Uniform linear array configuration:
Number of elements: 48
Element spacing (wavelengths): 0.25
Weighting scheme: cosine
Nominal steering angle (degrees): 45
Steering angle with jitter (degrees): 43.181
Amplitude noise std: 0.05
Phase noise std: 0.05

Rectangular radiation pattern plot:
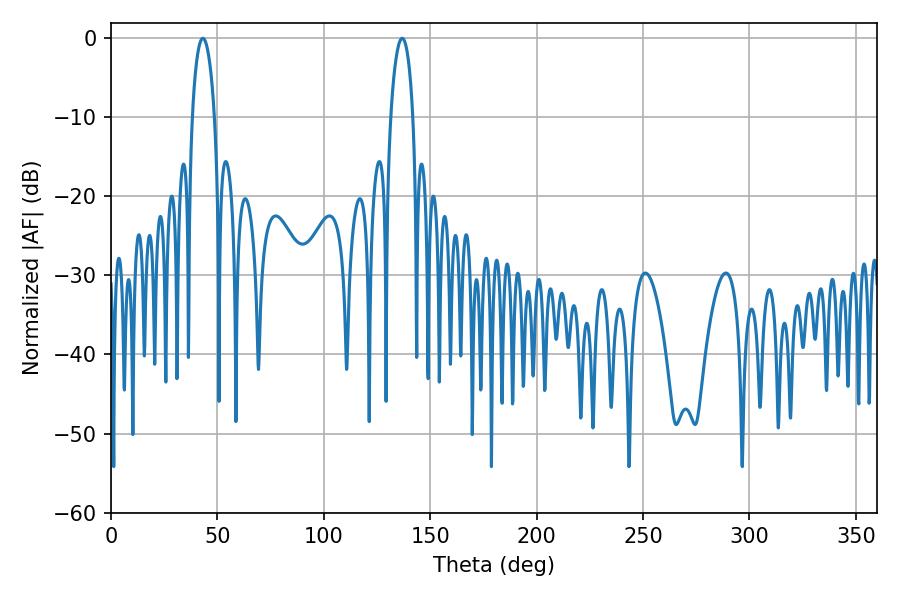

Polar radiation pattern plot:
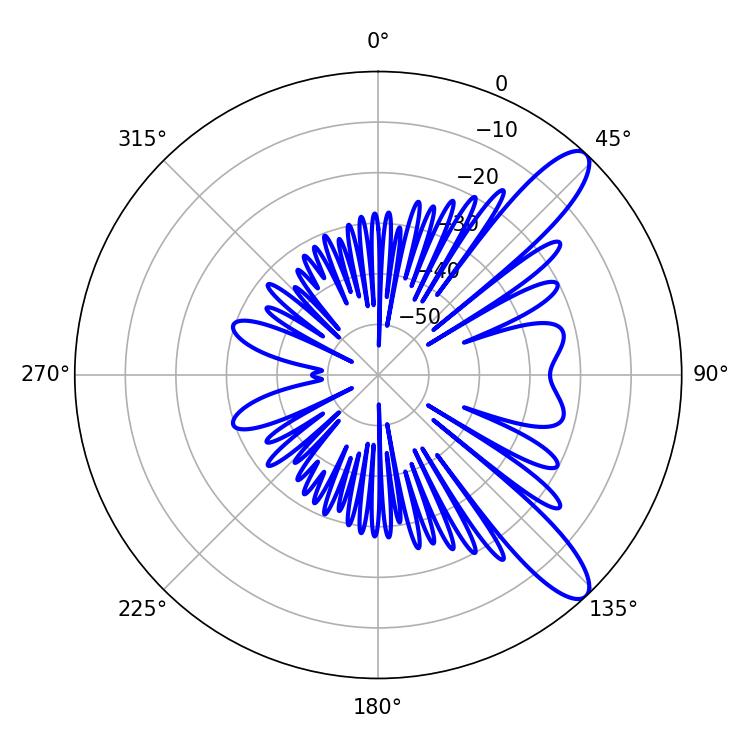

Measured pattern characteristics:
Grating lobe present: FALSE
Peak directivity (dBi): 11.003
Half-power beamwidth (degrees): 5.94
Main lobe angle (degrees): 43.2